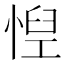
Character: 𢝘